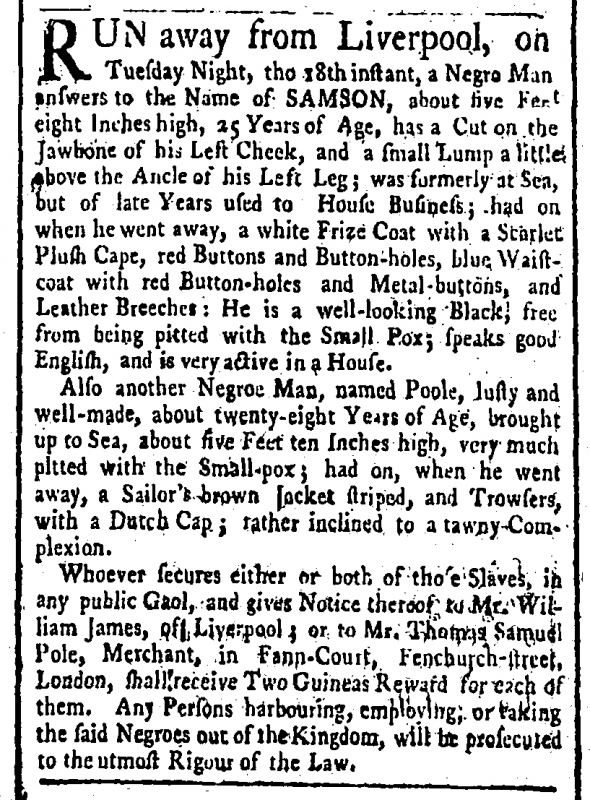
Public Advertiser, 30 October 1764 (England)
RUN away from Liverpool, on Tuesday Night, the 18th Instant, a Negro Man, answers to the Name of SAMSON, about five Feet eight Inches high, 25 Years of Age, has a Cut on the Jawbone of his Left Cheek, and a small Lump a little about the Ancle of his Left Leg; was formerly at Sea, but of late Years used to House Business; had on when he went away, a white Frize Coat with a Scarlet Plush Cape, red Buttons and Button-holes, blue Waistcoat with red Button-holes and Metal-buttons, and Leather Breeches: He is a well-looking Black, free from being pitted with the Small Pox; speaks good English, and is very active in a House.  Also, another Negroe Man, named Poole, lusty and well-made, about twenty-eight Years of Age, brought up to Sea, about five Feet ten Inches high, very much pitted with the Small-pox; had on, when he went away, a Sailor’s brown Jacket striped, and Trowsers, with a Dutch Cap; rather inclined to a tawny Complexion.   Whoever secures either or both of those Slaves, in any public Gaol, and gives Notice thereof to Mr. William James of Liverpool; or to Mr. Thomas Samuel Pole, Merchant, in Fann-Court, Fenchurch-street, London, shall receive Two Guineas Reward for each of them. Any persons harbouring, employing, or taking the said Negroes out of the Kingdom, will be prosecuted to the utmost Rigour of the Law.